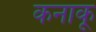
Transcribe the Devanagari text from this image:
कनाकू